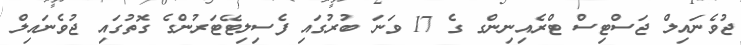
ޖުވެނައިލް ޖަސްޓިސް ޓްރެއިނިންގ ގެ 17 ވަނަ ބުރުގައި ފެސިލިޓޭޓަރުންގެ ގޮތުގައި ޖުވެނައިލް